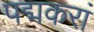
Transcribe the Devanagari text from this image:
पद्मकरां